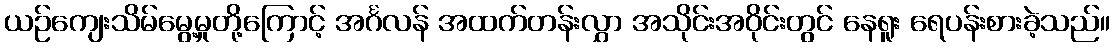
ယဉ်ကျေးသိမ်မွေ့မှုတို့ကြောင့် အင်္ဂလန် အထက်တန်းလွှာ အသိုင်းအဝိုင်းတွင် နေရူး ရေပန်းစားခဲ့သည်။